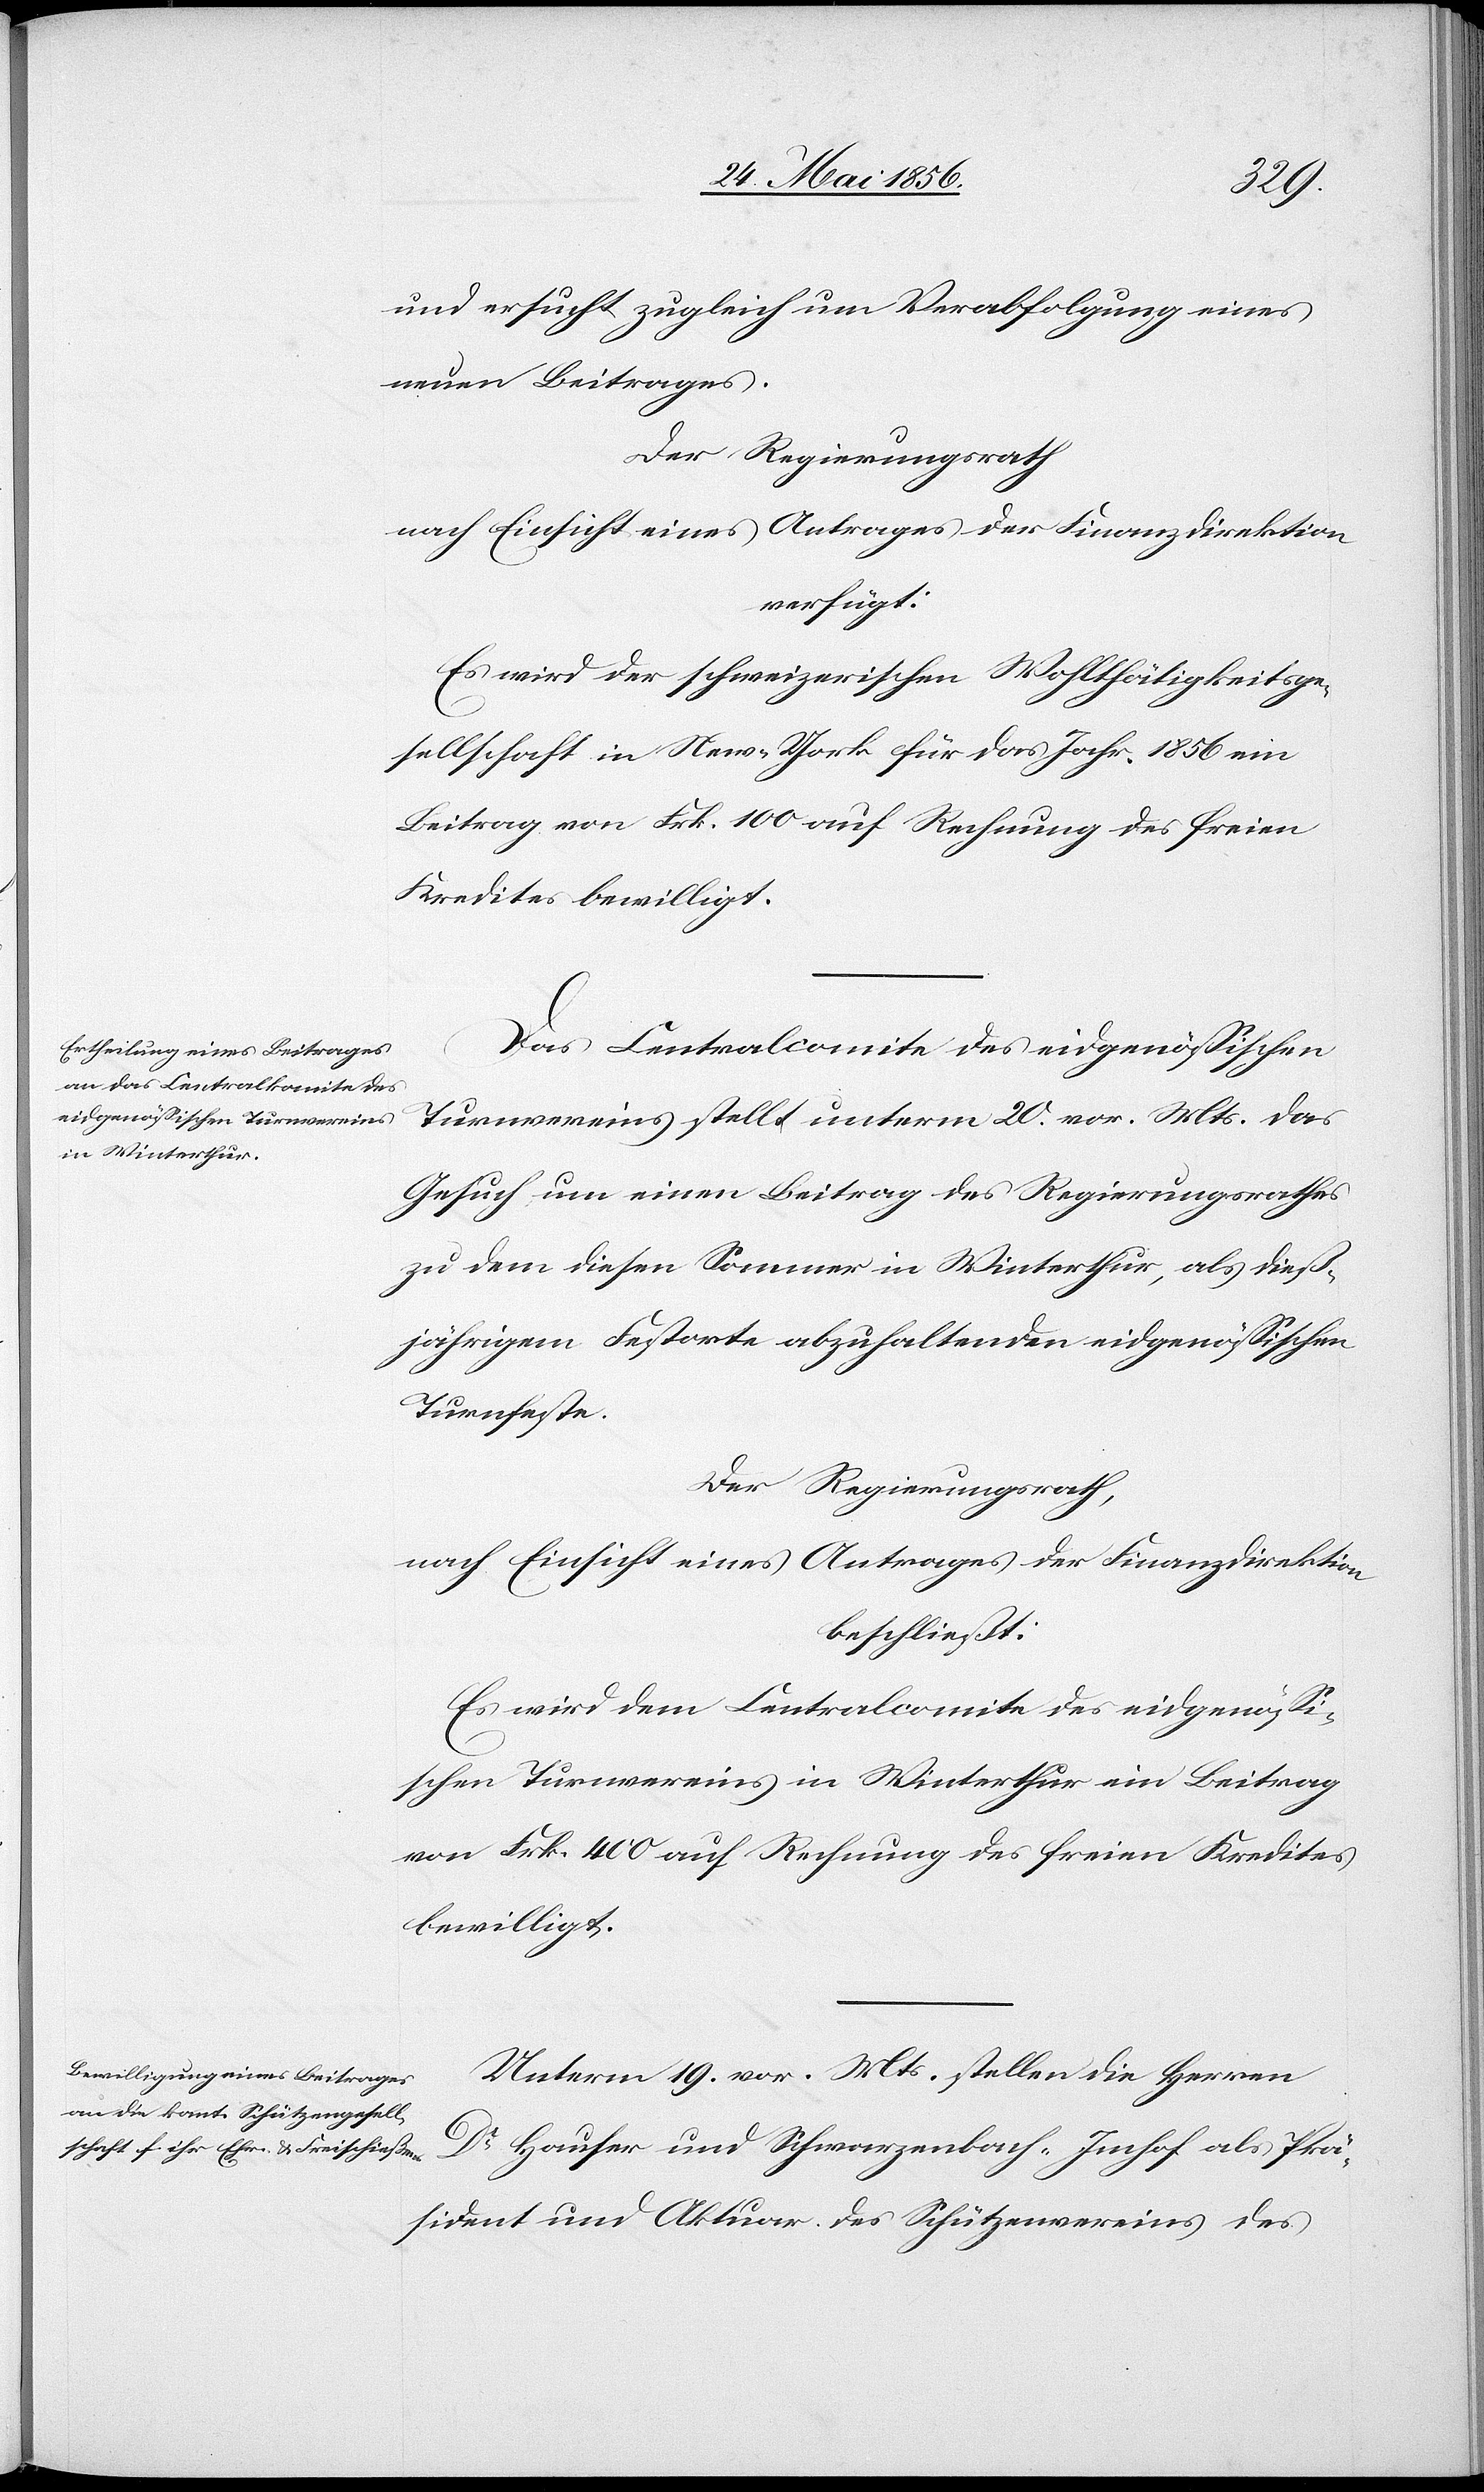
und ersucht zugleich um Verabfolgung eines
neuen Beitrages.
Der Regierungsrath
nach Einsicht eines Antrages der Finanzdirektion
verfügt:
Es wird der schweizerischen Wohlthätigkeitsge¬
sellschaft in New-York für das Jahr 1856 ein
Beitrag von Frk. 100 auf Rechnung des freien
Kredites bewilligt.
Das Centralcomite des eidgenössischen
Turnvereins stellt unterm 20. vor. Mts. das
Gesuch um einen Beitrag des Regierungsrathes
zu dem diesen Sommer in Winterthur, als dieß¬
jährigem Festorte abzuhaltenden eidgenössischen
Turnfeste.
Der Regierungsrath,
beschließt:
Es wird dem Centralcomite des eidgenössi¬
schen Turnvereins in Winterthur ein Beitrag
von Frk. 400 auf Rechnung des freien Kredites
bewilligt.
Unterm 19. vor. Mts. stellen die Herren
Dr Hauser und Schwarzenbach-Imhof als Prä¬
sident und Aktuar des Schützenvereins des